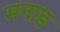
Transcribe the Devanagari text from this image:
मनाङ